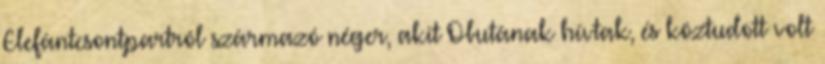
Elefántcsontpartról származó néger, akit Obutának hívtak, és köztudott volt